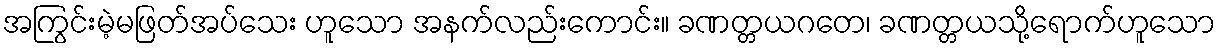
အကြွင်းမဲ့မဖြတ်အပ်သေး ဟူသော အနက်လည်းကောင်း။ ခဏတ္တယဂတေ၊ ခဏတ္တယသို့ရောက်ဟူသော